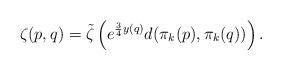
LaTeX: \begin{align*}\zeta(p,q) = \tilde \zeta\left(e^{\frac{3}{4}y(q)}d(\pi_k (p),\pi_k(q))\right).\end{align*}